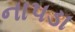
નાપડા